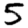
Digit: 5